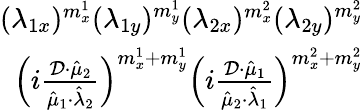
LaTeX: \begin{array}{r}{(\lambda_{1x})^{m_{x}^{1}}(\lambda_{1y})^{m_{y}^{1}}(\lambda_{2x})^{m_{x}^{2}}(\lambda_{2y})^{m_{y}^{2}}}\\ {\left(i\frac{\mathcal{D}\cdot\hat{\mu}_{2}}{\hat{\mu}_{1}\cdot\hat{\lambda}_{2}}\right)^{m_{x}^{1}+m_{y}^{1}}\left(i\frac{\mathcal{D}\cdot\hat{\mu}_{1}}{\hat{\mu}_{2}\cdot\hat{\lambda}_{1}}\right)^{m_{x}^{2}+m_{y}^{2}}}\end{array}